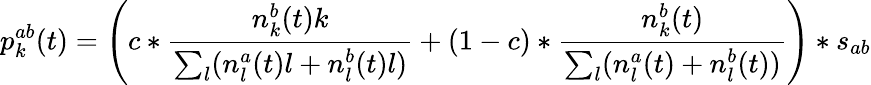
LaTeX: p_{k}^{ab}(t)=\left(c*\frac{n_{k}^{b}(t)k}{\sum_{l}(n_{l}^{a}(t)l+n_{l}^{b}(t)l)}+(1-c)*\frac{n_{k}^{b}(t)}{\sum_{l}(n_{l}^{a}(t)+n_{l}^{b}(t))}\right)*s_{ab}